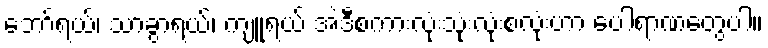
ဘော်ရယ်၊ သာခွာရယ်၊ ကျူရယ် အဲဒီစကားလုံးသုံးလုံးစလုံးဟာ ပေါရာဏတွေပါ။